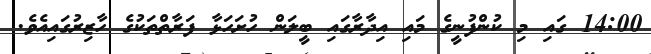
14:00 ގައި މި ކުންފުނީގެ މައި އިދާރާގައި ބީލަން ހުށަހަޅާ ފަރާތްތަކުގެ ހާޒިރުގައިއެވެ.